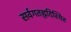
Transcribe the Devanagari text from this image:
सर्वगतह्रदिस्थित